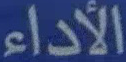
الأداء